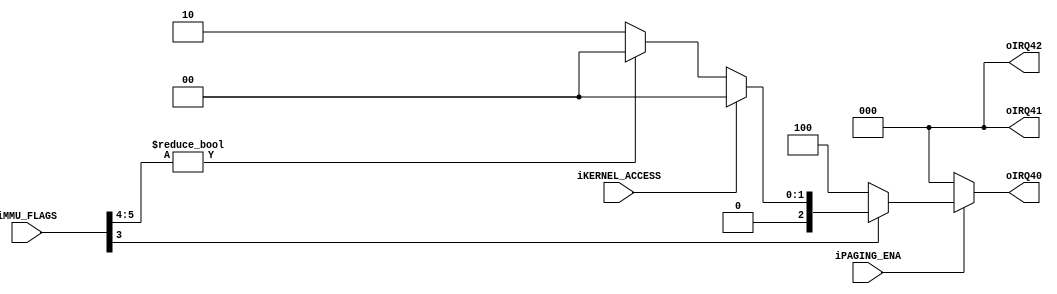
module decode_mmucheck(
		input wire iPAGING_ENA,
		input wire iKERNEL_ACCESS,
		input wire [13:0] iMMU_FLAGS,
		output wire [2:0] oIRQ40,
		output wire [2:0] oIRQ41,
		output wire [2:0] oIRQ42
	);
	function [2:0] func_mmu_flags_fault_check;
		input func_paging;
		input func_kernel;				
		input [5:0] func_mmu_flags;
		begin
			if(func_paging)begin
				if(!func_mmu_flags[0])begin
					func_mmu_flags_fault_check = 3'h1;
				end
				if(!func_mmu_flags[3])begin
					func_mmu_flags_fault_check = 3'h4;
				end
				else begin
					if(func_kernel)begin			
						func_mmu_flags_fault_check = 3'h0;
					end
					else begin	
						if(func_mmu_flags[5:4] != 2'h0)begin
							func_mmu_flags_fault_check = 3'h0;
						end
						else begin
							func_mmu_flags_fault_check = 3'h2;	
						end
					end
				end
			end
			else begin
				func_mmu_flags_fault_check = 3'h0;
			end
		end
	endfunction
	assign {oIRQ42, oIRQ41, oIRQ40} = func_mmu_flags_fault_check(iPAGING_ENA, iKERNEL_ACCESS, iMMU_FLAGS[5:0]);
endmodule